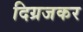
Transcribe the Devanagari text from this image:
दिग्रजकर